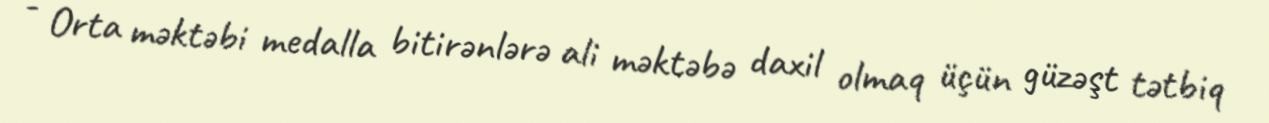
- Orta məktəbi medalla bitirənlərə ali məktəbə daxil olmaq üçün güzəşt tətbiq